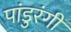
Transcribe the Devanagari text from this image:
पांडुरंगीं